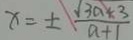
x = \pm \frac { \sqrt { 3 a + 3 } } { a + 1 }